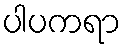
ပါပကရာ